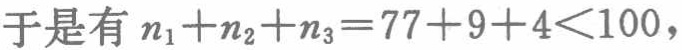
于是有 \(n_1 + n_2 + n_3 = 77 + 9 + 4 < 100\)，